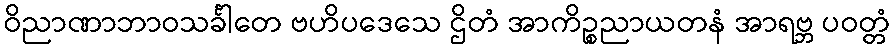
ဝိညာဏာဘာဝသင်္ခါတေ ဗဟိပဒေသေ ဌိတံ အာကိဉ္စညာယတနံ အာရဗ္ဘ ပဝတ္တံ